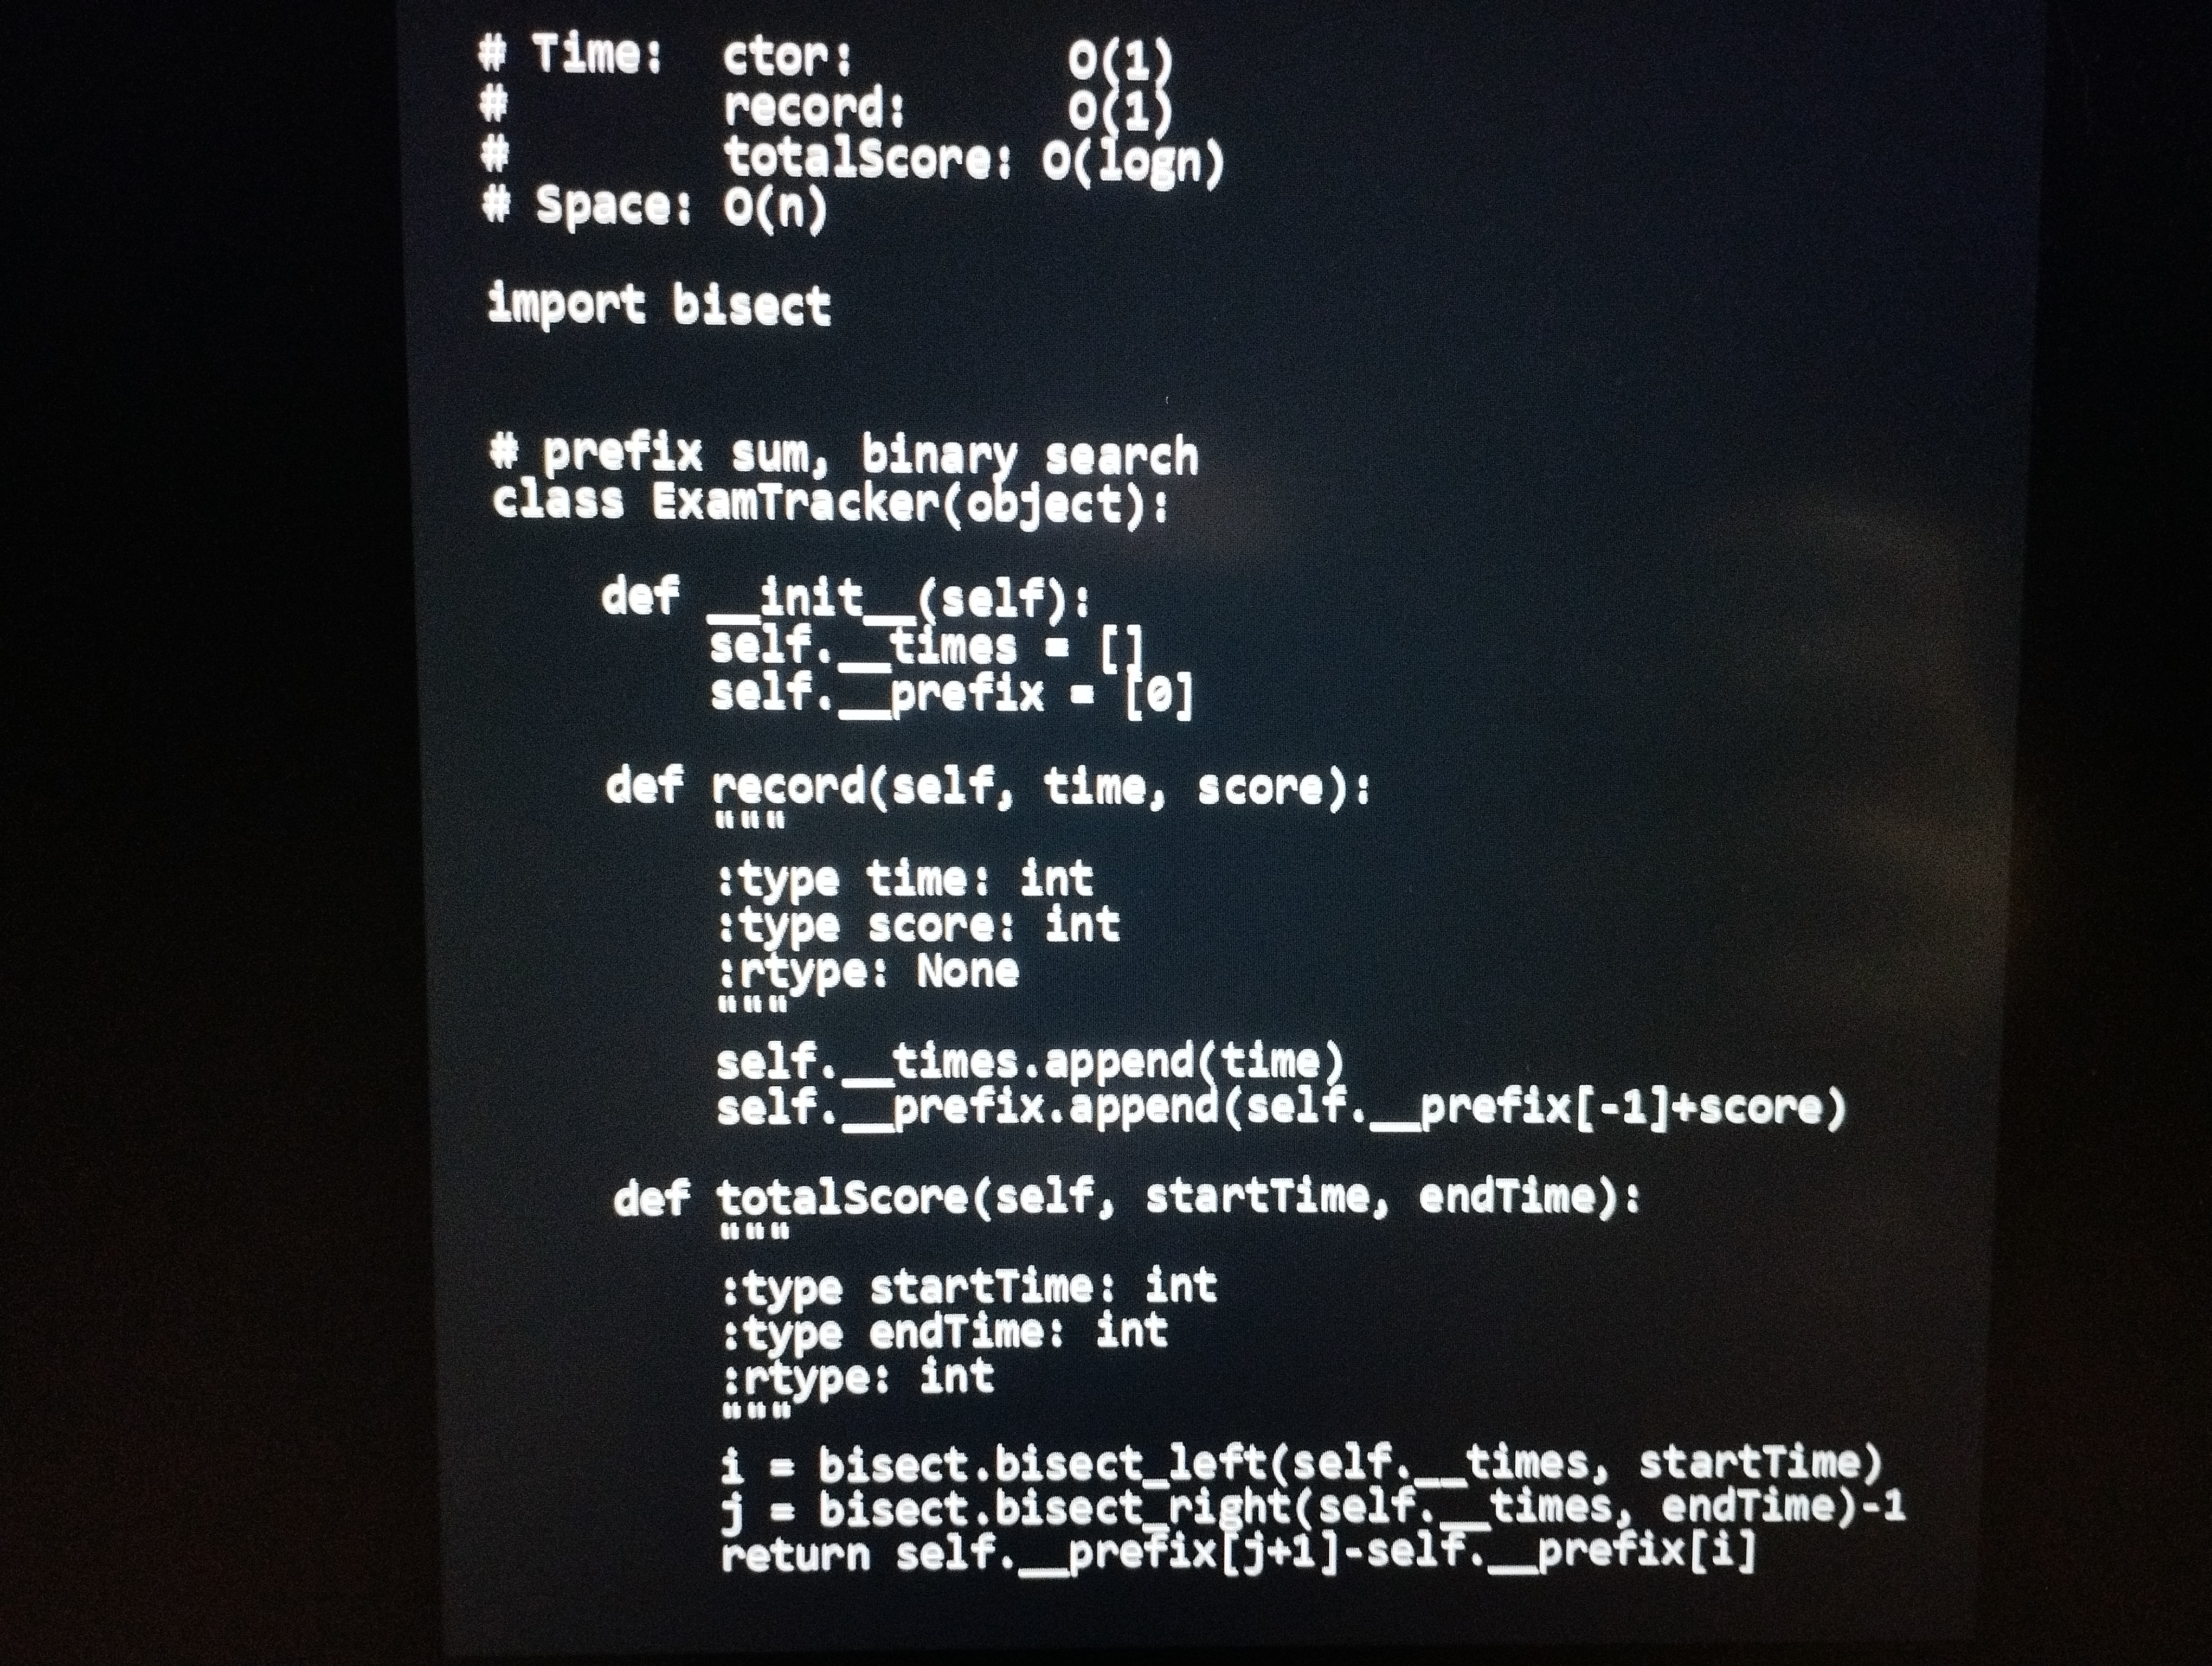
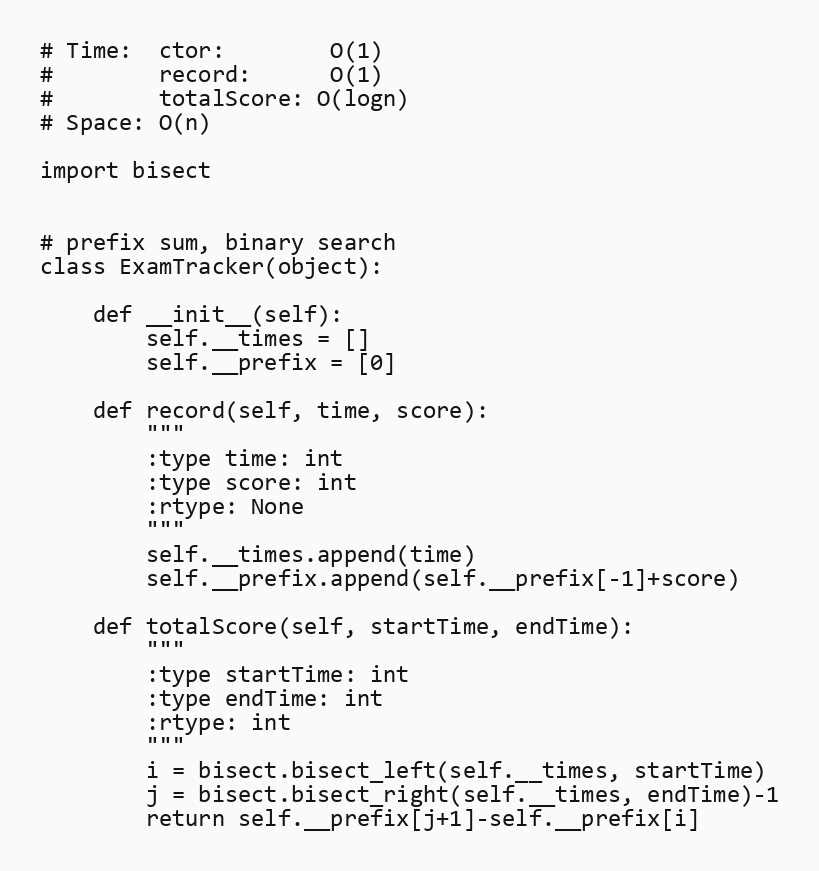
# Time:  ctor:        O(1)
#        record:      O(1)
#        totalScore: O(logn)
# Space: O(n)

import bisect

# prefix sum, binary search
class ExamTracker(object):

    def __init__(self):
        self.__times = []
        self.__prefix = [0]

    def record(self, time, score):
        """
        :type time: int
        :type score: int
        :rtype: None
        """
        self.__times.append(time)
        self.__prefix.append(self.__prefix[-1]+score)

    def totalScore(self, startTime, endTime):
        """
        :type startTime: int
        :type endTime: int
        :rtype: int
        """
        i = bisect.bisect_left(self.__times, startTime)
        j = bisect.bisect_right(self.__times, endTime)-1
        return self.__prefix[j+1]-self.__prefix[i]